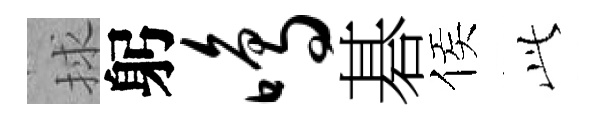
捄躬鸣碁侯𬼘